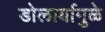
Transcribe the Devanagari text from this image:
डोलार्यामुळे